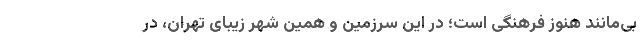
بی‌مانند هنوز فرهنگی است؛ در این سرزمین و همین شهرِ زیبای تهران، در